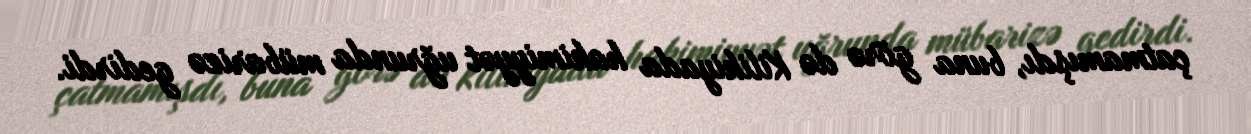
çatmamışdı, buna görə də Kilikiyada hakimiyyət uğrunda mübarizə gedirdi.